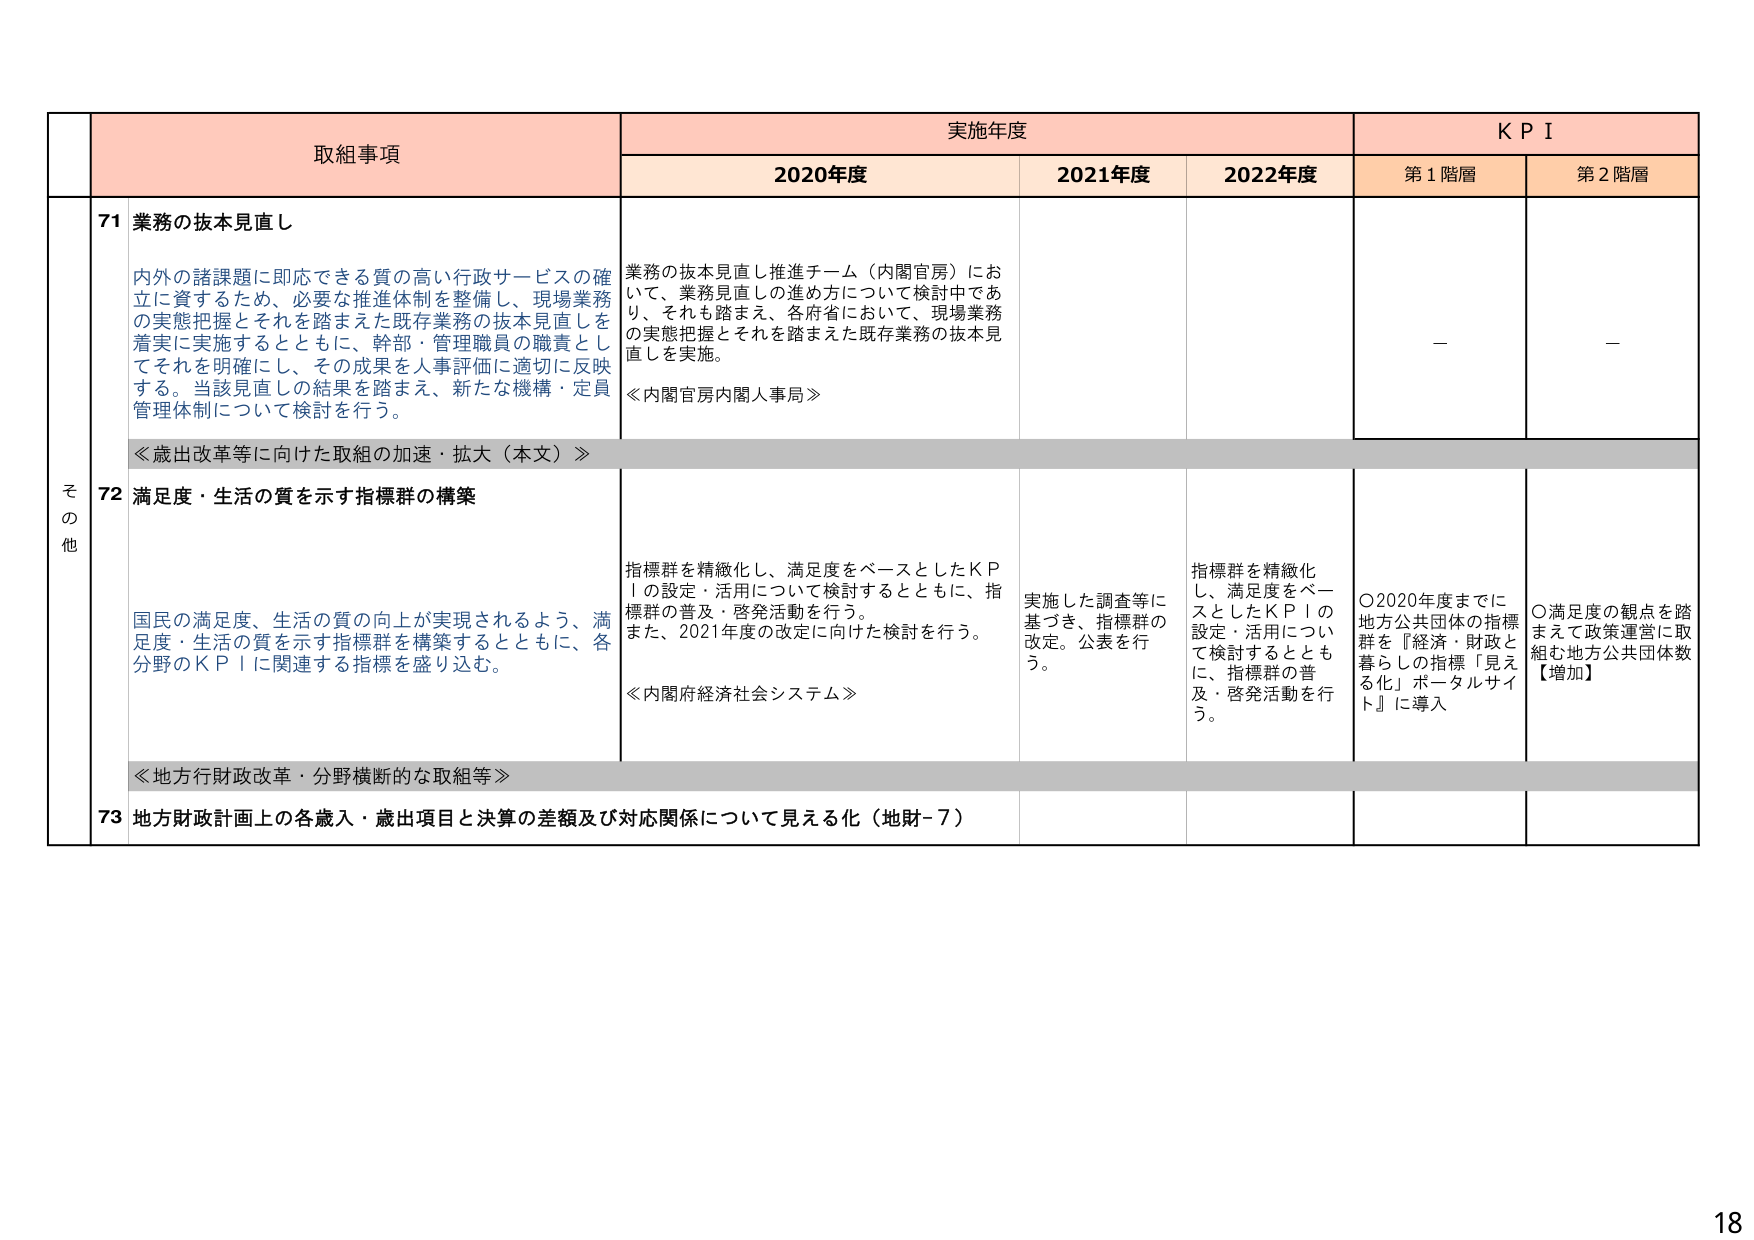
取組事項
実施年度
KPI
2020年度
2021年度
2022年度
第1階層
第2階層
その他
71 業務の抜本見直し
内外の諸課題に即応できる質の高い行政サービスの確立に資するため、必要な推進体制を整備し、現場業務の実態把握とそれを踏まえた既存業務の抜本見直しを着実に実施するとともに、幹部・管理職員の職責としてそれを明確にし、その成果を人事評価に適切に反映する。当該見直しの結果を踏まえ、新たな機構・定員管理体制について検討を行う。
業務の抜本見直し推進チーム（内閣官房）において、業務見直しの進め方について検討中であり、それも踏まえ、各府省において、現場業務の実態把握とそれを踏まえた既存業務の抜本見直しを実施。
≪内閣官房内閣人事局≫
－
－
≪歳出改革等に向けた取組の加速・拡大（本文）≫
72 満足度・生活の質を示す指標群の構築
国民の満足度、生活の質の向上が実現されるよう、満足度・生活の質を示す指標群を構築するとともに、各分野のKPIに関連する指標を盛り込む。
指標群を精緻化し、満足度をベースとしたKPIの設定・活用について検討するとともに、指標群の普及・啓発活動を行う。また、2021年度の改定に向けた検討を行う。
≪内閣府経済社会システム≫
実施した調査等に基づき、指標群の改定。公表を行う。
指標群を精緻化し、満足度をベースとしたKPIの設定・活用について検討するとともに、指標群の普及・啓発活動を行う。
〇2020年度までに地方公共団体の指標群を『経済・財政と暮らしの指標「見える化」ポータルサイト』に導入
〇満足度の観点を踏まえて政策運営に取組む地方公共団体数【増加】
≪地方行政改革・分野横断的な取組等≫
73 地方財政計画上の各歳入・歳出項目と決算の差額及び対応関係について見える化（地財-7）
18